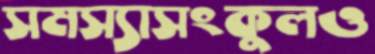
সমস্যাসংকুলও